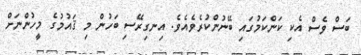
ބަސް ވެސް އެކި ކަންކަމުގައި ބޭނުންކުރެވެއެވެ. އިނގިރޭސި ބަހުން މި ޤައުމުގެ މީހުންނަށް